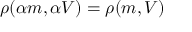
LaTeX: \rho ( \alpha m , \alpha V ) = \rho ( m , V )